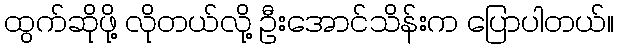
ထွက်ဆိုဖို့ လိုတယ်လို့ ဦးအောင်သိန်းက ပြောပါတယ်။